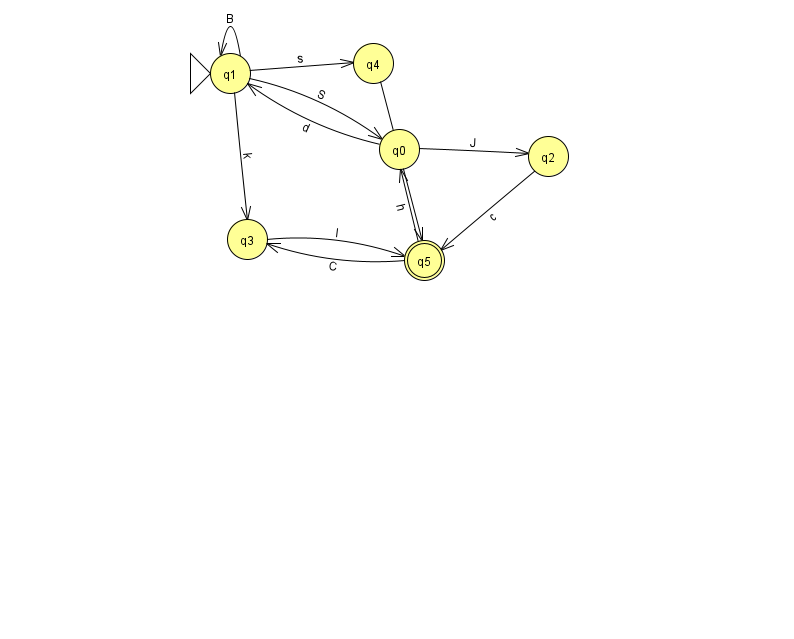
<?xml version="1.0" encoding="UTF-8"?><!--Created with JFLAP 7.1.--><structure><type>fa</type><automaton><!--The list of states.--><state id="0" name="q0"><x>399.0</x><y>136.0</y></state><state id="1" name="q1"><x>230.0</x><y>60.0</y><initial/></state><state id="2" name="q2"><x>548.0</x><y>143.0</y></state><state id="3" name="q3"><x>247.0</x><y>226.0</y></state><state id="4" name="q4"><x>373.0</x><y>50.0</y></state><state id="5" name="q5"><x>424.0</x><y>247.0</y><final/></state><!--The list of transitions.--><transition><from>1</from><to>3</to><read>k</read></transition><transition><from>3</from><to>5</to><read>l</read></transition><transition><from>1</from><to>4</to><read>s</read></transition><transition><from>2</from><to>5</to><read>c</read></transition><transition><from>1</from><to>1</to><read>B</read></transition><transition><from>4</from><to>5</to><read>w</read></transition><transition><from>0</from><to>2</to><read>J</read></transition><transition><from>5</from><to>0</to><read>h</read></transition><transition><from>0</from><to>1</to><read>d</read></transition><transition><from>1</from><to>0</to><read>S</read></transition><transition><from>5</from><to>3</to><read>C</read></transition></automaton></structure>